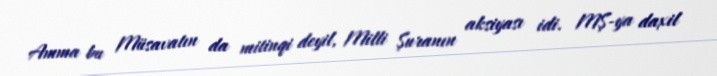
Amma bu Müsavatın da mitinqi deyil, Milli Şuranın aksiyası idi. MŞ-ya daxil